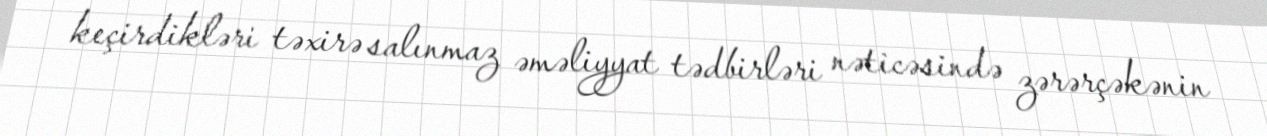
keçirdikləri təxirə salınmaz əməliyyat tədbirləri nəticəsində zərərçəkənin